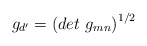
\begin{align*}g_{d^{\prime}} = \left( det~g_{mn} \right) ^{1/2}\end{align*}